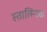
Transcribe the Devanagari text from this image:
स्तालिन्स्क